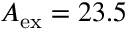
A _ { \mathrm { e x } } = 2 3 . 5